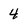
Character: 4